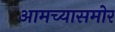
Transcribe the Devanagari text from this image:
आमच्यासमोर